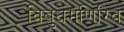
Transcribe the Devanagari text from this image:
विबुधमणिरिव